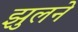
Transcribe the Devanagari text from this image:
झुलने